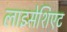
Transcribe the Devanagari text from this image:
लाइसेशिएट